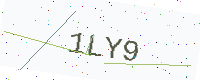
Text: 1LY9